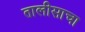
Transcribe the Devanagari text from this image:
तालीसाचा